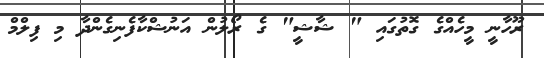
ރޫހާނީ މީހެއްގެ ގޮތުގައި " ޝާޝީ" ގެ ރޯލުން އަނުޝްކާފެނިގެންދާ މި ފިލްމް